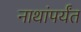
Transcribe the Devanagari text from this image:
नाथांपर्यंत